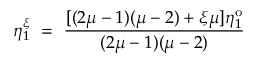
\eta _ { 1 } ^ { \xi } ~ = ~ \frac { [ ( 2 \mu - 1 ) ( \mu - 2 ) + \xi \mu ] \eta _ { 1 } ^ { \mathrm { o } } } { ( 2 \mu - 1 ) ( \mu - 2 ) }